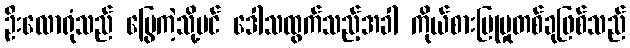
ဦးလောရုံသည် မြွေကဲ့သို့ပင် ဒေါသထွက်သည့်အခါ ကိုယ်စားပြုမှုတစ်ခုဖြစ်သည်